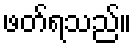
ဖတ်ရသည်။